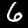
Label: 6